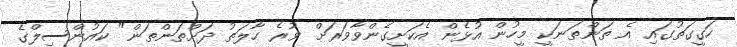
ހަގީގަތުގައި އެ ތަންތަނަކީ މީހުން އުޅެން އެކަށީގެންވާވަރަށް ވުރެ ހާލަތު ދަށްތަންތަން" ކައުންސިލްގެ